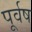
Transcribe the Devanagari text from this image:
पूर्वष